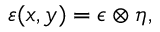
{ \varepsilon ( x , y ) = \epsilon \otimes \eta , }